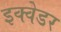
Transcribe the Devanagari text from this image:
इक्वेडर